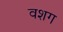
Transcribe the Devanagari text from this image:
वशग